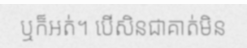
ឬក៏អត់។ បើសិនជាគាត់មិន